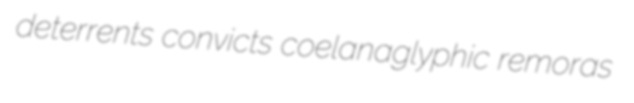
deterrents convicts coelanaglyphic remoras